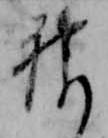
神